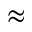
\approx